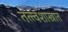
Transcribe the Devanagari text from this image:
तत्त्वशास्त्रात